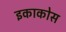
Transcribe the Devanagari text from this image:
इकाकोस